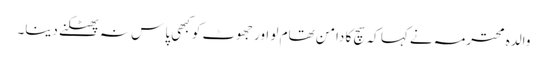
والدہ محترمہ نے کہا کہ سچ کا دامن تھام لو اور جھوٹ کو کبھی پاس نہ پھٹکنے دینا۔